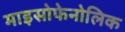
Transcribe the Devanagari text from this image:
माइसोफेनोलिक